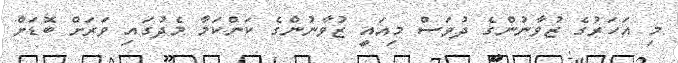
މި އަހަރުގެ ޒުވާނުންގެ ދުވަސް މިއައީ ޒުވާނުންގެ ކަންކަމާ މެދުގައި ވަރަށް ބޮޑަށް